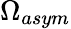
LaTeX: \Omega_{asym}